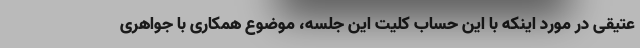
عتیقی در مورد اینکه با این حساب کلیت این جلسه، موضوع همکاری با جواهری